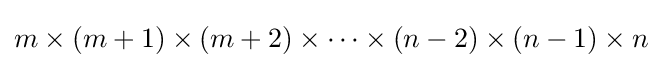
m\times (m+1)\times (m+2)\times \cdots \times (n-2)\times (n-1)\times n